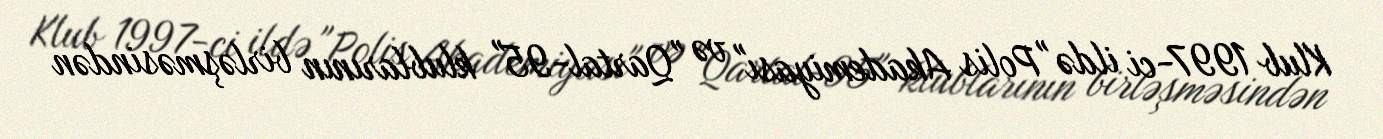
Klub 1997-ci ildə "Polis Akademiyası" və "Qartal-95" klublarının birləşməsindən